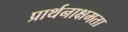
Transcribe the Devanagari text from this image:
प्रार्थनाक्षमता